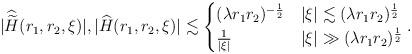
LaTeX: \begin{align*}|\widehat{\widetilde{H}}(r_1,r_2,\xi)|, |\widehat{H}(r_1,r_2,\xi) | \lesssim\begin{cases} (\lambda r_1 r_2)^{-\frac 12} & |\xi| \lesssim ( \lambda r_1 r_2)^{\frac{1}{2}} \\\frac{1}{|\xi|} & |\xi| \gg ( \lambda r_1 r_2 )^{\frac{1}{2}}\end{cases}.\end{align*}